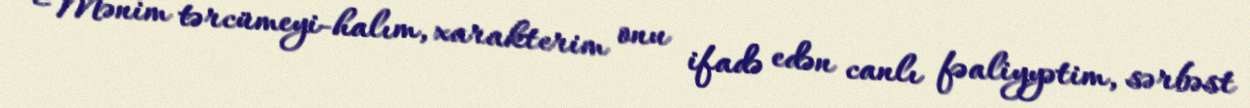
“Mənim tərcümeyi-halım, xarakterim onu ifadə edən canlı fəaliyyətim, sərbəst